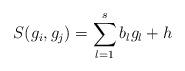
LaTeX: \begin{align*}S(g_i,g_j)=\sum_{l=1}^s b_lg_l+h\end{align*}